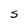
Character: S